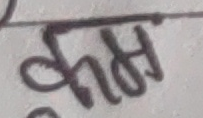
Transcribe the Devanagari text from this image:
काम